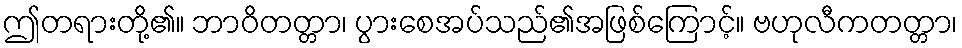
ဤတရားတို့၏။ ဘာဝိတတ္တာ၊ ပွားစေအပ်သည်၏အဖြစ်ကြောင့်။ ဗဟုလီကတတ္တာ၊